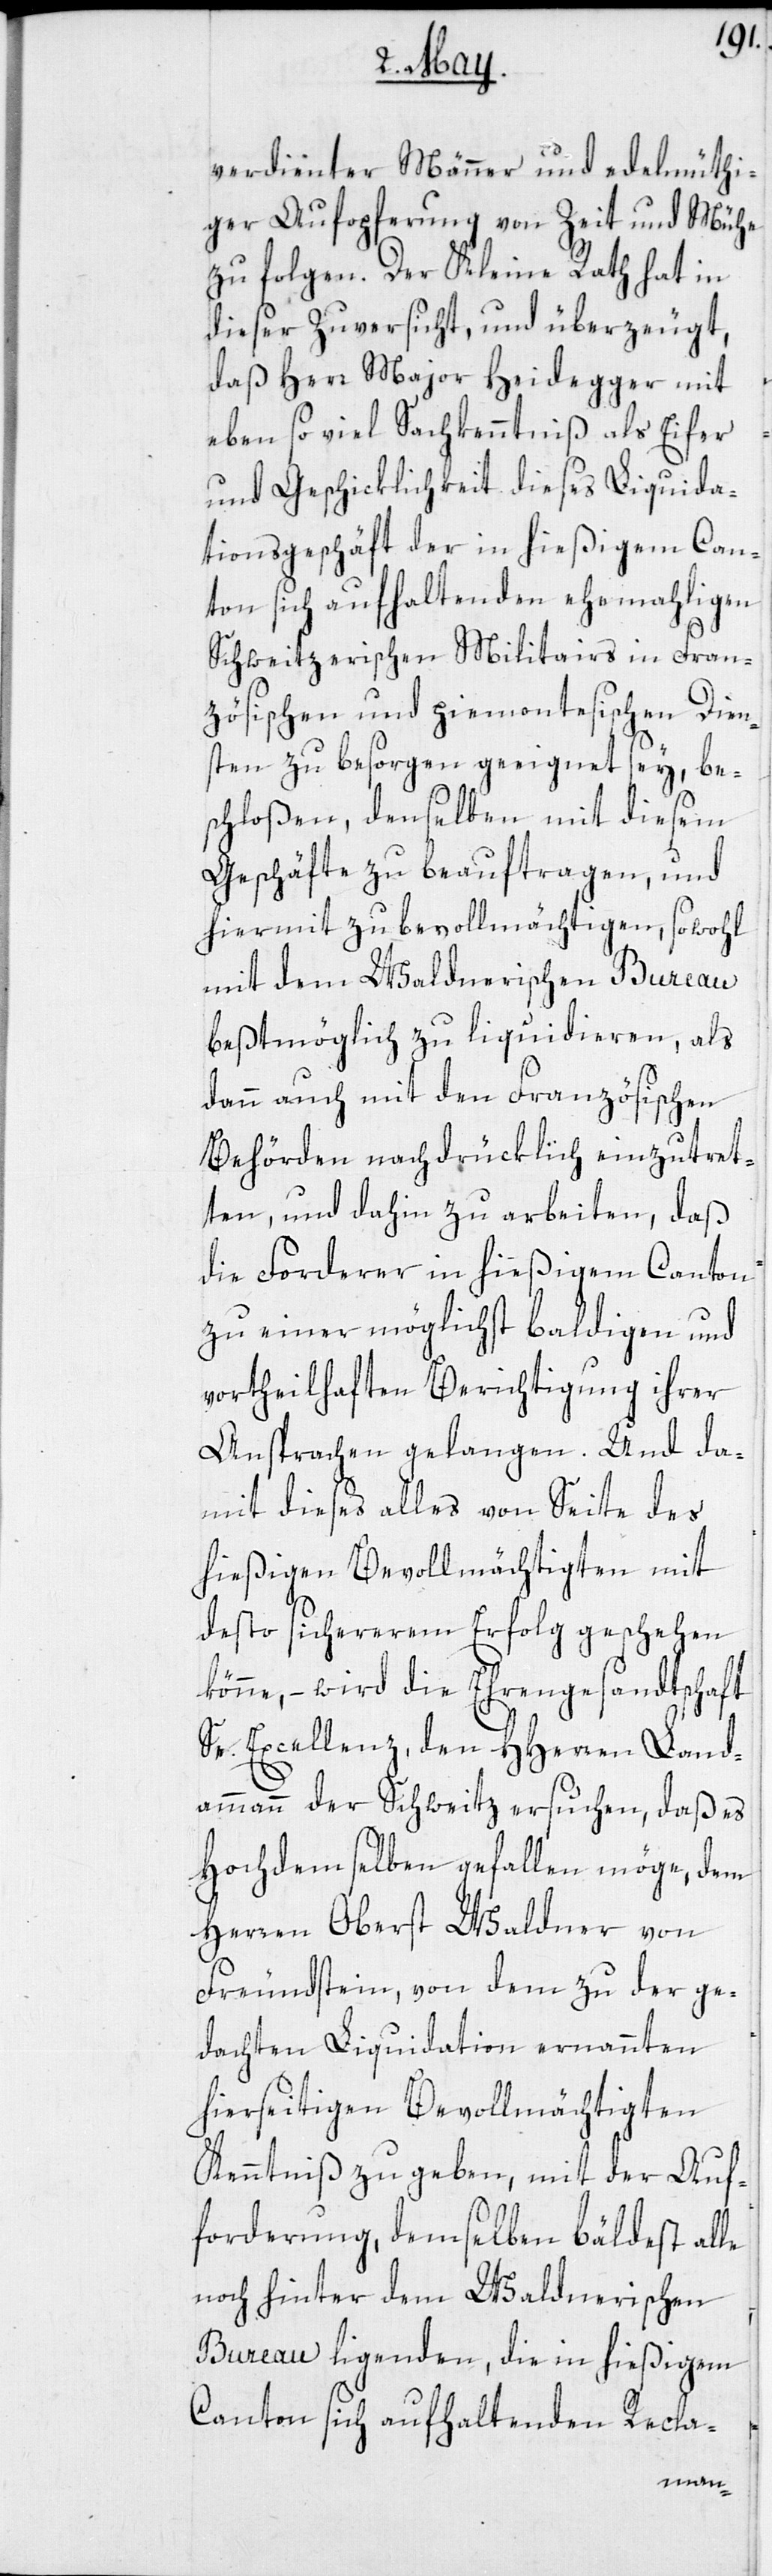
verdienter Männer und edelmüthi¬
ger Aufopferung von Zeit und Mühe
zu folgen. Der Kleine Rath hat in
dieser Zuversicht, und überzeugt,
daß Herr Major Heidegger mit
eben so viel Sachkenntniß als Eifer
und Geschicklichkeit dieses Liquida¬
tionsgeschäft der in hießigem Can¬
ton sich aufhaltenden ehemahligen
Schweitzerischen Militairs in Fran¬
zösischen und piemontesischen Dien¬
sten zu besorgen geeignet sey, be¬
schloßen, denselben mit diesem
Geschäfte zu beauftragen, und
hiermit zu bevollmächtigen, sowohl
mit dem Waldnerischen Bureau
beßtmöglich zu liquidieren, als
dann auch mit den Französischen
Behörden nachdrücklich einzutret¬
ten, und dahin zu arbeiten, daß
die Forderer in hießigem Canton
zu einer möglichst baldigen und
vortheilhaften Berichtigung ihrer
Ansprachen gelangen. Und da¬
mit dieses alles von Seite des
hießigen Bevollmächtigten mit
desto sichererem Erfolg geschehen
könne, – wird die Ehrengesandtschaft
Se. Excellenz, den HHerren Land¬
ammann der Schweitz ersuchen, daß es
Hochdemselben gefallen möge, dem
Herren Oberst Waldner von
Freundstein, von dem zu der ge¬
dachten Liquidation ernannten
hierseitigen Bevollmächtigten
Kenntniß zu geben, mit der Auf¬
forderung, demselben bäldest alle
noch hinter dem Waldnerischen
Bureau ligenden, die in hießigem
Canton sich aufhaltenden Recla-